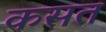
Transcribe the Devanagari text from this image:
कसत